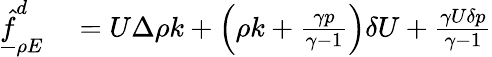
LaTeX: \begin{array}{rl}{\underline{{\hat{f}}}_{\rho E}^{d}}&{{}=U\Delta\rho k+\Big(\rho k+\frac{\gamma p}{\gamma-1}\Big)\delta U+\frac{\gamma U\delta p}{\gamma-1}}\end{array}